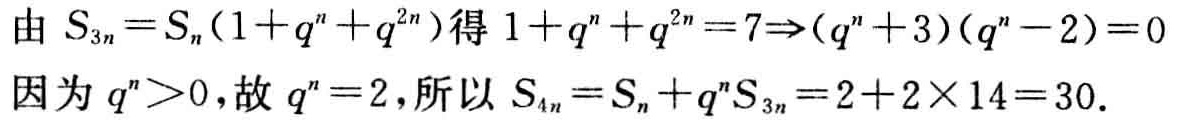
由 \(S_{3n}=S_{n}(1 + q^{n}+q^{2n})\)得 \(1 + q^{n}+q^{2n}=7\Rightarrow(q^{n}+3)(q^{n}-2)=0\)
因为 \(q^{n}>0\)，故 \(q^{n}=2\)，所以 \(S_{4n}=S_{n}+q^{n}S_{3n}=2 + 2\times14 = 30\).